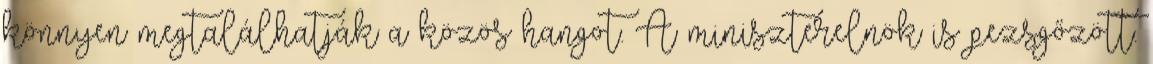
könnyen megtalálhatják a közös hangot. A miniszterelnök is pezsgőzött.